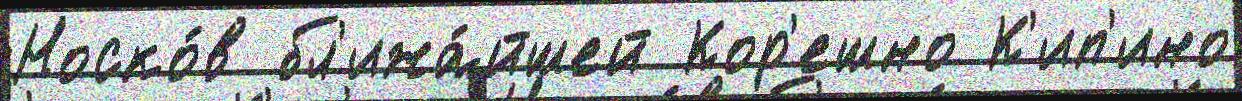
Носко́в бл'ижа́йшей Кор'ешно К'ип'ино